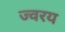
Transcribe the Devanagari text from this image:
ज्वरय